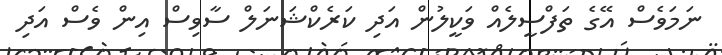
ނަމަވެސް އޭގެ ތަފްސީލެއް ވަކީލުން އަދި ކަރެކްޝަނަލް ސާވިސް އިން ވެސް އަދި